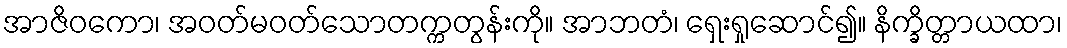
အာဇိဝကော၊ အဝတ်မဝတ်သောတက္ကတွန်းကို။ အာဘတံ၊ ရှေးရှုဆောင်၍။ နိက္ခိတ္တာယထာ၊